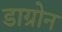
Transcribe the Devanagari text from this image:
डाग्रोन